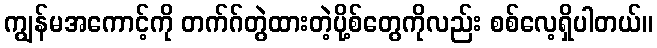
ကျွန်မအကောင့်ကို တက်ဂ်တွဲထားတဲ့ပို့စ်တွေကိုလည်း စစ်လေ့ရှိပါတယ်။